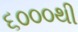
૬૦૦૦થી